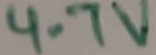
Text: 4.7V